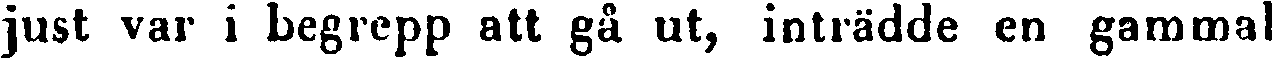
just var i begrepp att gå ut, inträdde en gammal